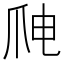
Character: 𱬸